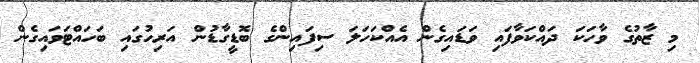
މި ޒާތުގެ ވާހަކަ ދައްކަވާފައި ވަޑައިގެން އެއްކަހަލަ ސިފައިންގެ ބޮޑީގާޑުން އަރިހުގައި ބަހައްޓަވައިގެން